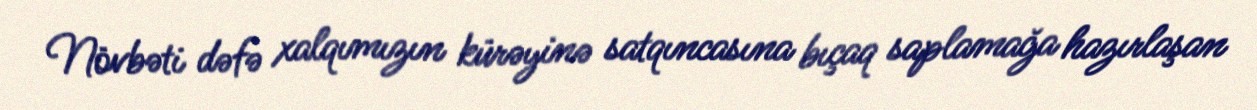
Növbəti dəfə xalqımızın kürəyinə satqıncasına bıçaq saplamağa hazırlaşan